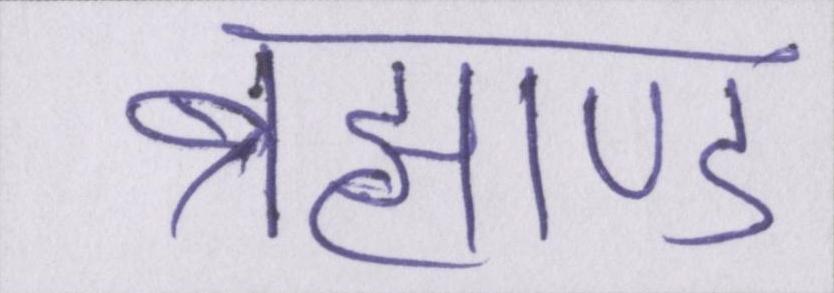
ब्रह्माण्ड